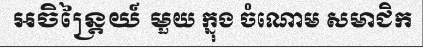
អចិន្ត្រៃយ៍ មួយ ក្នុង ចំណោម សមាជិក